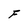
Character: F